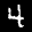
Label: 4